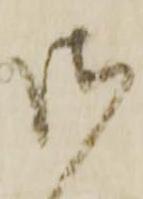
御